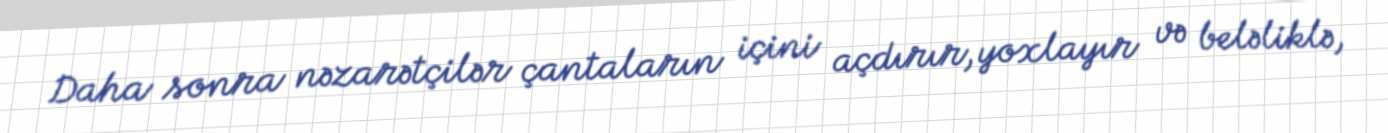
Daha sonra nəzarətçilər çantaların içini açdırır, yoxlayır və beləliklə,